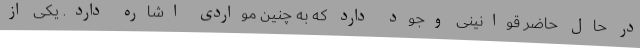
در حال حاضر قوانینی وجود دارد که به چنین مواردی اشاره دارد. یکی از